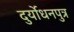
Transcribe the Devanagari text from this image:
दुर्योधनपुत्र